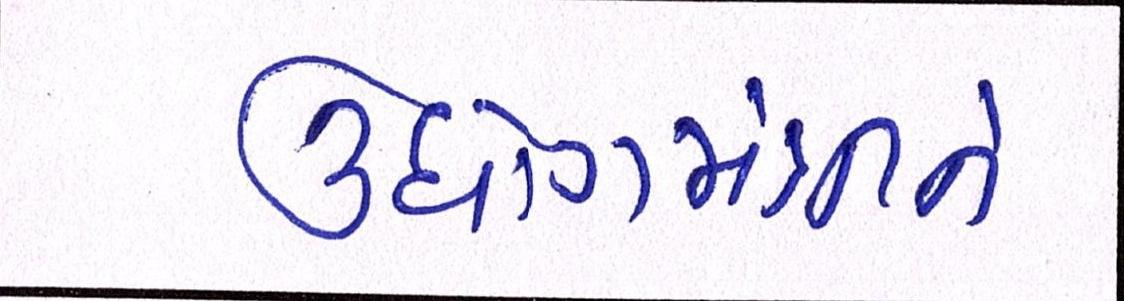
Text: ઉધોગમંત્રીને